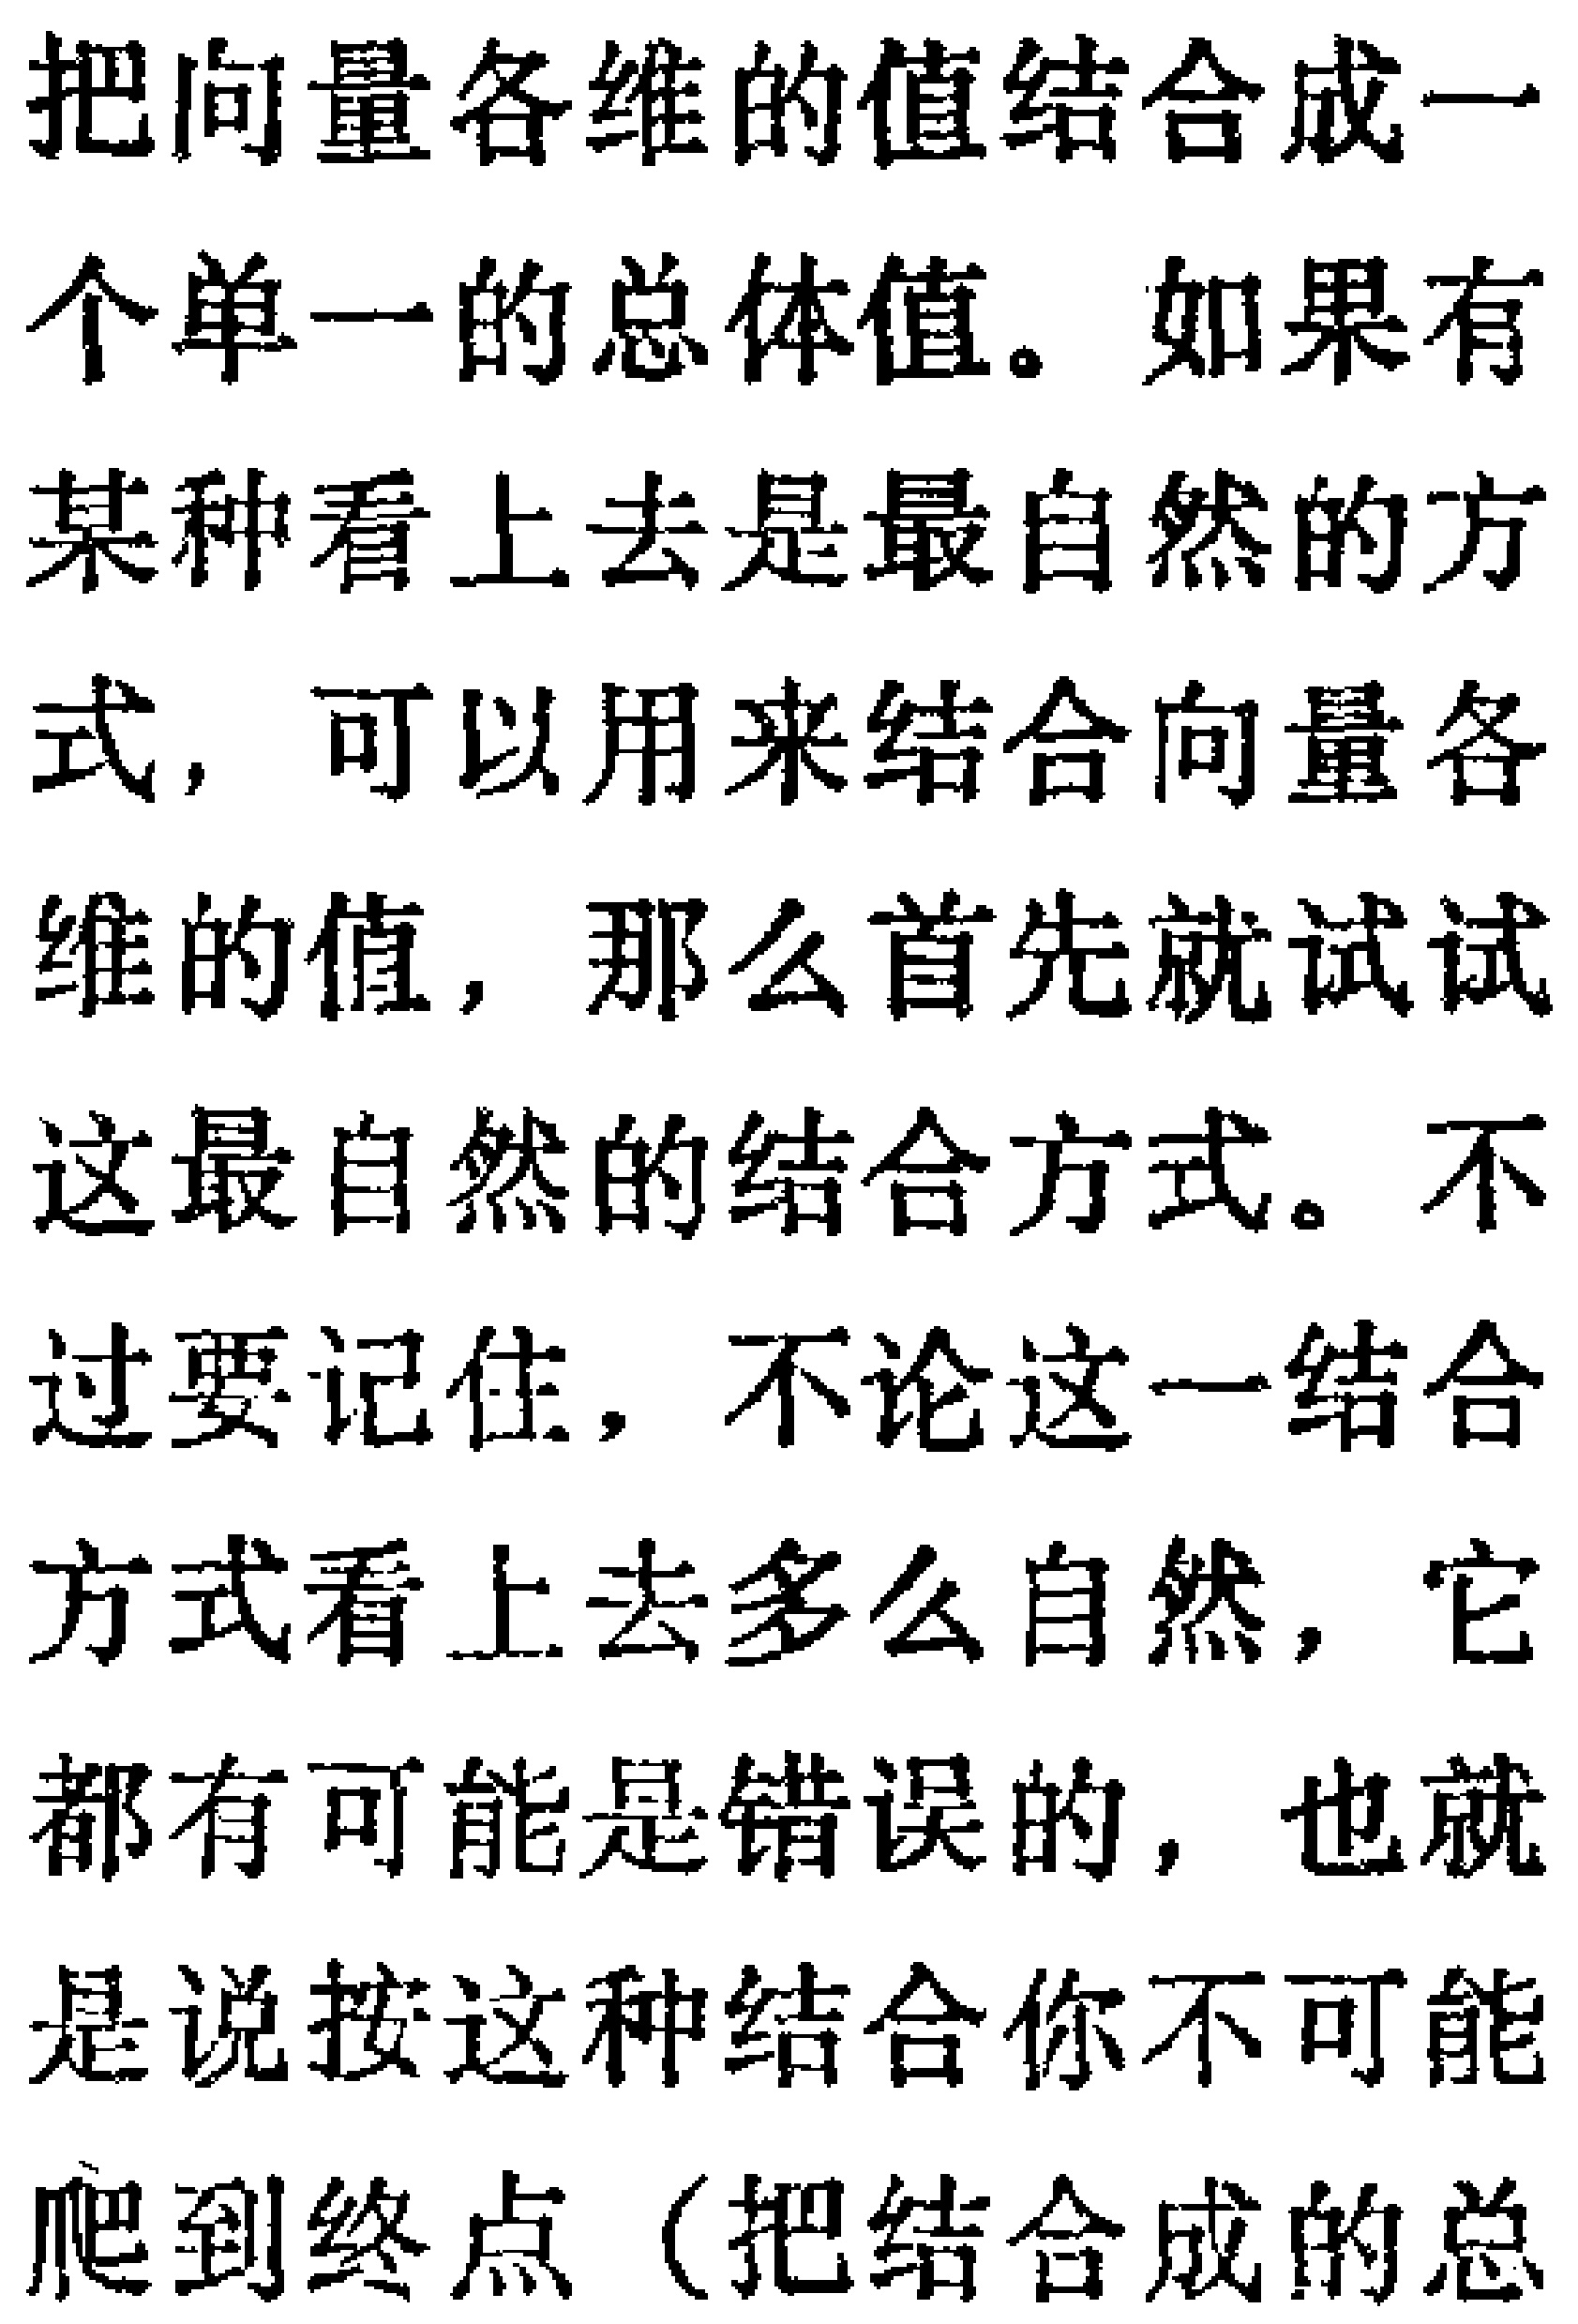
把向量各维的值结合成一个单一的总体值。如果有某种看上去是最自然的方式，可以用来结合向量各维的值，那么首先就试试这最自然的结合方式。不过要记住，不论这一结合方式看上去多么自然，它都有可能是错误的，也就是说按这种结合你不可能爬到终点（把结合成的总